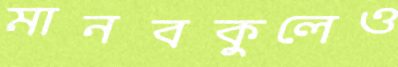
মানবকুলেও